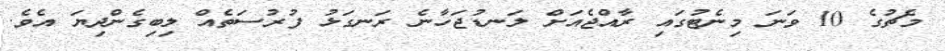
މެޗުގެ 10 ވަނަ މިނެޓުގައި ރާއްޖެއަށް ލަނޑުޖަހާނެ ރަނގަޅު ފުރުސަތެއް ލިބިގެންދިޔަ އެވެ.